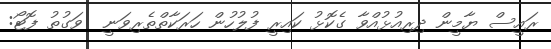
ރައީސް ޔާމީން ދިރިއުޅުއްވާ ގެކޮޅު ކައިރީ ފުލުހުން ހަރަކާތްތެރިވަނީ  ވަގުތު ފޮޓޯ: